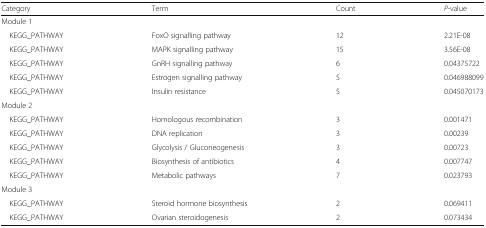
<table><thead><tr><td><b>Category</b></td><td><b>Term</b></td><td><b>Count</b></td><td><b><i>P</i>-value</b></td></tr></thead><tbody><tr><td colspan="4">Module 1</td></tr><tr><td> KEGG_PATHWAY</td><td>FoxO signalling pathway</td><td>12</td><td>2.21E-08</td></tr><tr><td> KEGG_PATHWAY</td><td>MAPK signalling pathway</td><td>15</td><td>3.56E-08</td></tr><tr><td> KEGG_PATHWAY</td><td>GnRH signalling pathway</td><td>6</td><td>0.04375722</td></tr><tr><td> KEGG_PATHWAY</td><td>Estrogen signalling pathway</td><td>5</td><td>0.046988099</td></tr><tr><td> KEGG_PATHWAY</td><td>Insulin resistance</td><td>5</td><td>0.045070173</td></tr><tr><td colspan="4">Module 2</td></tr><tr><td> KEGG_PATHWAY</td><td>Homologous recombination</td><td>3</td><td>0.001471</td></tr><tr><td> KEGG_PATHWAY</td><td>DNA replication</td><td>3</td><td>0.00239</td></tr><tr><td> KEGG_PATHWAY</td><td>Glycolysis / Gluconeogenesis</td><td>3</td><td>0.00723</td></tr><tr><td> KEGG_PATHWAY</td><td>Biosynthesis of antibiotics</td><td>4</td><td>0.007747</td></tr><tr><td> KEGG_PATHWAY</td><td>Metabolic pathways</td><td>7</td><td>0.023793</td></tr><tr><td colspan="4">Module 3</td></tr><tr><td> KEGG_PATHWAY</td><td>Steroid hormone biosynthesis</td><td>2</td><td>0.069411</td></tr><tr><td> KEGG_PATHWAY</td><td>Ovarian steroidogenesis</td><td>2</td><td>0.073434</td></tr></tbody></table>